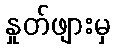
နှုတ်ဖျားမှ